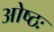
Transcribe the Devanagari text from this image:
ओष्ठः